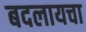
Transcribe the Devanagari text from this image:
बदलायचा